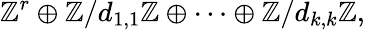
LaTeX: \mathbb{Z}^{r}\oplus\mathbb{Z}/d_{1,1}\mathbb{Z}\oplus\cdots\oplus\mathbb{Z}/d_{k,k}\mathbb{Z},